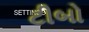
ટીબો